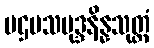
ပဌမသမုဒ္ဒနိန္နသုတ္တံ